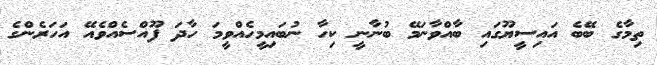
ތިމާގެ ބޭބެ އައިސީޔޫގައި ބާއްވާނަމޭ ބުނާނީ ކިހާ ނުބައިމީހެއްވީމަ ހާދަ ފޫއްސެއްވެއޭ އަހަރެންގެ